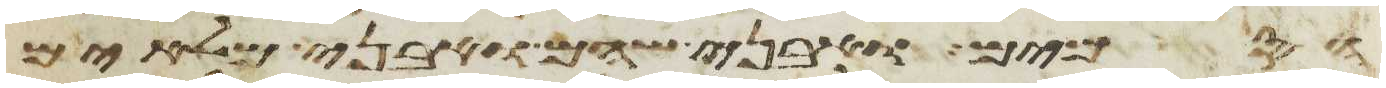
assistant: הסמים ואבני שהם ואבני מלאים